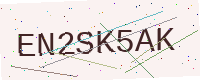
Text: EN2SK5AK